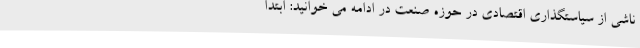
ناشی از سیاستگذاری اقتصادی در حوزه صنعت در ادامه می خوانید: ابتدا